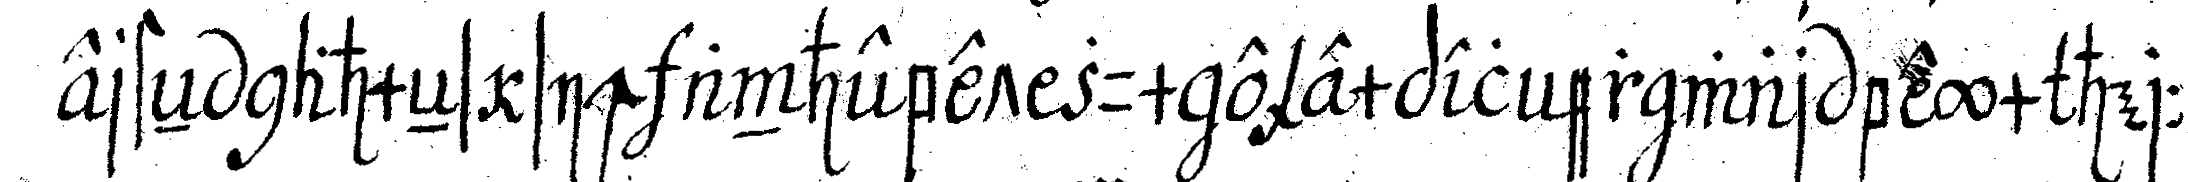
ersteN nahmeNs sich anhebet zum exempel er war beym herrn